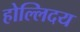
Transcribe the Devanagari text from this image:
होल्लिदय